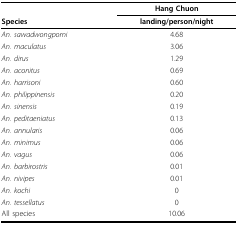
<table><thead><tr><td></td><td><b>Hang Chuon</b></td></tr><tr><td><b>Species</b></td><td><b>landing/person/night</b></td></tr></thead><tbody><tr><td><i>An. sawadwongporni</i></td><td>4.68</td></tr><tr><td><i>An. maculatus</i></td><td>3.06</td></tr><tr><td><i>An. dirus</i></td><td>1.29</td></tr><tr><td><i>An. aconitus</i></td><td>0.69</td></tr><tr><td><i>An. harrisoni</i></td><td>0.60</td></tr><tr><td><i>An. philippinensis</i></td><td>0.20</td></tr><tr><td><i>An. sinensis</i></td><td>0.19</td></tr><tr><td><i>An. peditaeniatus</i></td><td>0.13</td></tr><tr><td><i>An. annularis</i></td><td>0.06</td></tr><tr><td><i>An. minimus</i></td><td>0.06</td></tr><tr><td><i>An. vagus</i></td><td>0.06</td></tr><tr><td><i>An. barbirostris</i></td><td>0.01</td></tr><tr><td><i>An. nivipes</i></td><td>0.01</td></tr><tr><td><i>An. kochi</i></td><td>0</td></tr><tr><td><i>An. tessellatus</i></td><td>0</td></tr><tr><td>All species</td><td>10.06</td></tr></tbody></table>